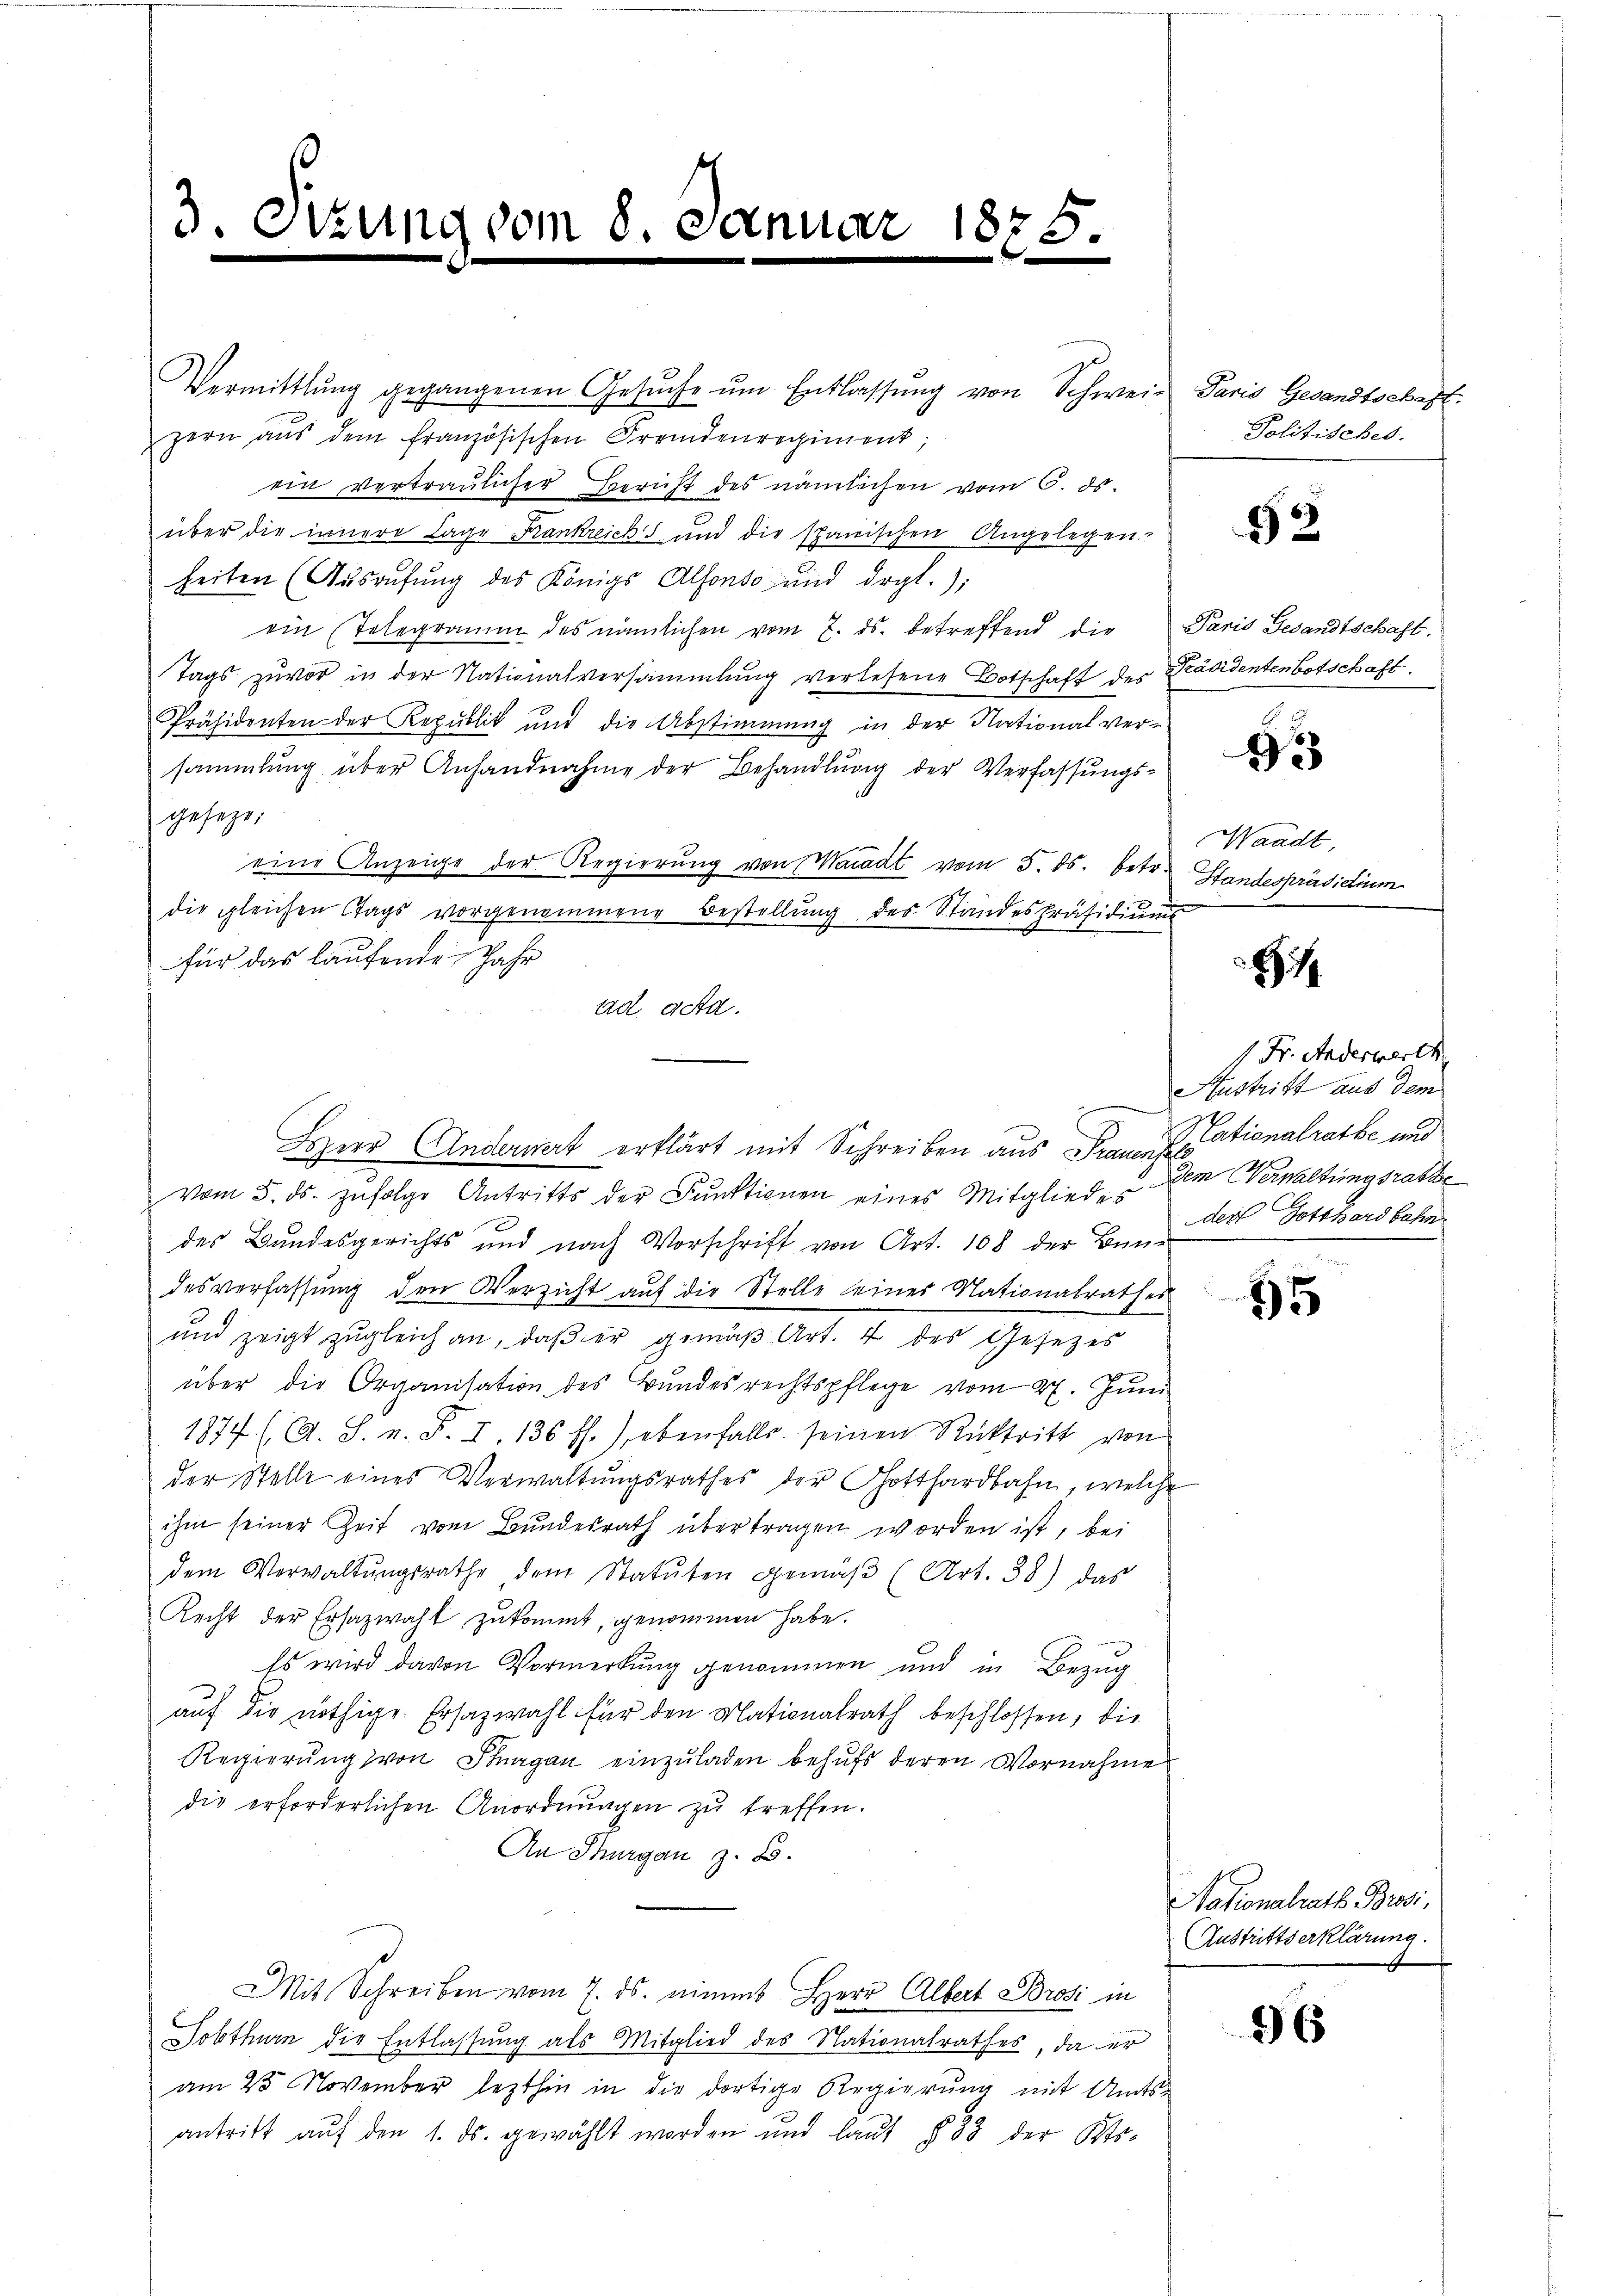
3.2.

zung vom

Dernu

825.

Vermittlung gegangenen Gesŭche ŭm Entlassŭng von Schwei- Paris Gesandtschaft:
zern aŭs dem französischen Fremdenregiment;
ein vertraulicher Bericht des nämlichen vom 6. ds.
über die innere Lage Krankreichs und die spanischen Angelegen-
heiten (Aŭsrŭfŭng des Königs Alfonso und drgl.);
ein Telegramm des nämlichen vom 7. ds. betreffend die Paris Gesandtschaft.
Tags zuvor in der Nationalversammlung verlesene Botschaft des Präsidentenbotschaft.
Präsidenten der Republik und die Abstimmung in der Nationalver-
sammlung über Anhandnahme der Behandlŭng der Verfassŭngs-
gesezt:
eine Anzeige der Regierŭng von Waadt vom 5. ds. betr. Standespräsidium
die gleichen Stags vorgenommene Bestellung des Standespräsidiums
für das laufende Jahr
ad acta.
Herr Andermat erklärt mit Schreiben aus Frauen Stationalrathe und
vom 5. ds. zŭfolge Antritts der Funktionen eines Mitgliedes dem Verwaltungsrathe
des Bundesgerichts und nach Vorschrift von Art. 108 der Bundesverfassung den Verzicht auf die Stelle eines Nationalrathes
und zeigt zŭgleich an, daβ er gemäβ Art. 4 des Gesezes
über die Organisation des Bundesrechtspflege vom 27. Jŭni
1877 (A. S. n. F. I. 136 ff.), ebenfalls seinen Rücktritt von
der Stelle eines Verwaltungsrathes der Gotthardbahn, welche
ihm seiner Zeit vom Bundesrath übertragen worden ist, bei
dem Verwaltŭngsrathe dem Statuten gemäβ (Art. 38) das
Recht der Ersazwahl zukommt, genommen habe.
Es wird davon Vormerkung genommen und in Bezug
auf die nöthige Ersatzwahl für den Nationalrath beschlossen, die
Regierung von Fragen einzuladen behufs deren Vornahme
die erforderlichen Anordnŭngen zŭ treffen.
An Thurgau z. B.
Mit Schreiben vom 7. ds. nimmt Herr Albert Brosi in
Dobthurn die Entlassung als Mitglied des Nationalrathes, da der
am 28 November lezthin in die dortige Regierung mit Amts
antritt aŭf den 1. ds. gewählt worden und laŭt § 33 der Mo-

Politisches.

52

93

Waadt,

8

1 Fr. Anderwerth
Austritt aus dem
der Gotthardbahn

95

Nationalrath Brosi,
Austrittserklärung.

36